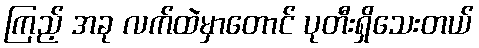
ကြည့် အခု လက်ထဲမှာတောင် ပုတီးရှိသေးတယ်